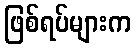
ဖြစ်ရပ်များက